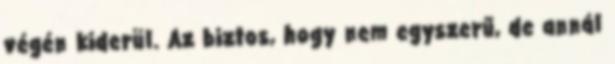
végén kiderül. Az biztos, hogy nem egyszerű, de annál